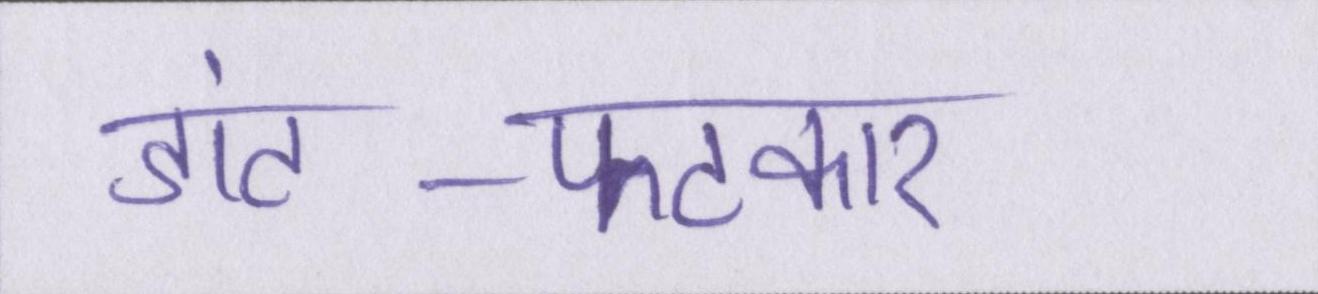
डांट-फटकार